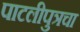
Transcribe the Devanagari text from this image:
पाटलीपुत्रचा